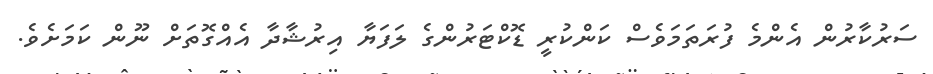
ސަރުކާރުން އެންމެ ފުރަތަމަވެސް ކަންކުރީ ޑޮކްޓަރުންގެ ލަފަޔާ އިރުޝާދާ އެއްގޮތަށް ނޫން ކަމަށެވެ.